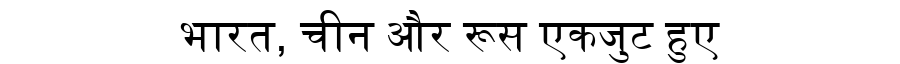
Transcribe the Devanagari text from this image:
भारत, चीन और रूस एकजुट हुए